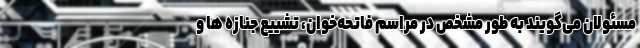
مسئولان می‌گویند به طور مشخص در مراسم فاتحه‌خوان، تشییع جنازه ها و